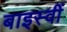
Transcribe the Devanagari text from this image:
बाइस्वीं